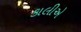
કાલીએ